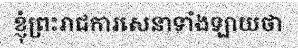
ខ្ញុំព្រះរាជការសេនាទាំងឡាយថា